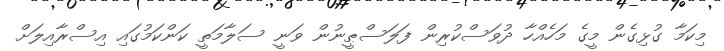
މިކަމާ ގުޅިގެން މީގެ މަހެއްހާ ދުވަސްކުރިން ފަލަސްޠީނުން ވަނީ ސަލާމަތީ ކަންކަމުގައި އިސްރާއިލަށް